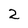
Character: 2